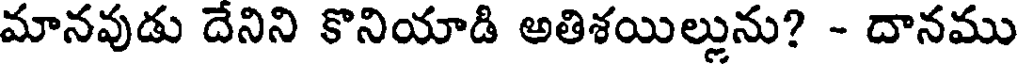
మానవుడు దేనిని కొనియాడి అతిశయిల్లును? - దానము